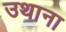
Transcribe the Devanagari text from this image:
उथाना